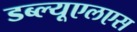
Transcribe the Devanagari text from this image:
डब्ल्यूएलएस